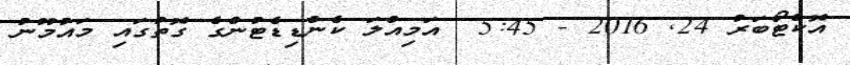
އޮކްޓޯބަރު 24